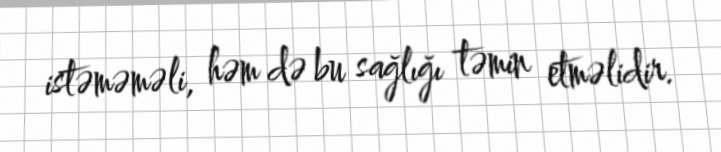
istəməməli, həm də bu sağlığı təmin etməlidir.